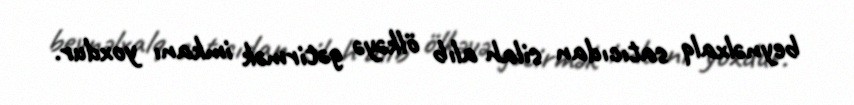
beynəlxalq satıcıdan silah alıb ölkəyə gətirmək imkanı yoxdur.